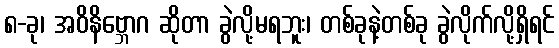
၈-ခု၊ အဝိနိဗ္ဘောဂ ဆိုတာ ခွဲလို့မရဘူး၊ တစ်ခုနဲ့တစ်ခု ခွဲလိုက်လို့ရှိရင်